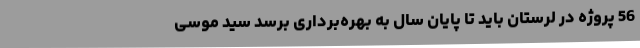
56 پروژه در لرستان باید تا پایان سال به بهره‌برداری برسد سید موسی